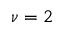
\nu = 2